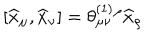
\left[ \widehat { x } _ { \mu } , \widehat { x } _ { \nu } \right] = \theta _ { \mu \nu } ^ { ( 1 ) } { } ^ { \rho } \widehat { x } _ { \rho }